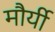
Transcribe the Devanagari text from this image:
मौर्यी